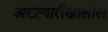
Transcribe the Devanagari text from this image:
अख्त्यारीखालील